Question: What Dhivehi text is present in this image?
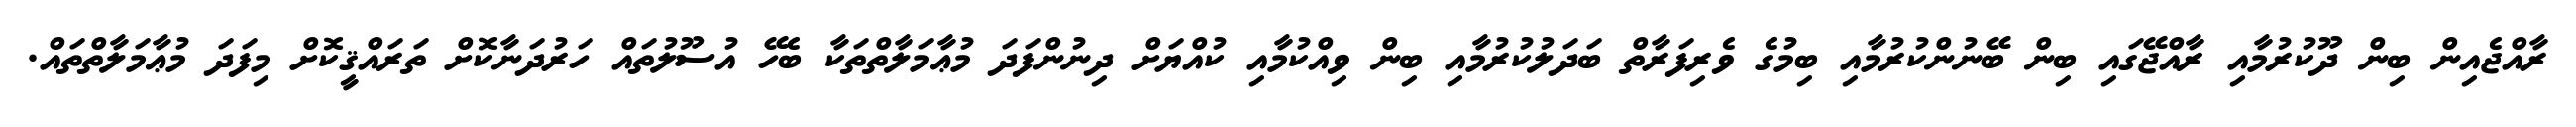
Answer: ރާއްޖެއިން ބިން ދޫކުރުމާއި ރާއްޖޭގައި ބިން ބޭނުންކުރުމާއި ބިމުގެ ވެރިފަރާތް ބަދަލުކުރުމާއި ބިން ވިއްކުމާއި ކުއްޔަށް ދިނުންފަދަ މުޢާމަލާތްތަކާ ބެހޭ އުސޫލުތައް ހަރުދަނާކޮށް ތަރައްޤީކޮށް މިފަދަ މުޢާމަލާތްތައް.